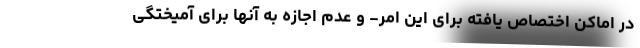
در اماکن اختصاص یافته برای این امر- و عدم اجازه به آنها برای آمیختگی